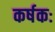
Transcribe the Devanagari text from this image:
कर्षकः